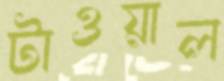
টাওয়াল